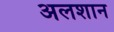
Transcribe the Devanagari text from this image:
अलशान